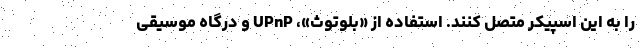
را به این اسپیکر متصل کنند. استفاده از «بلوتوث»، UPnP و درگاه موسیقی